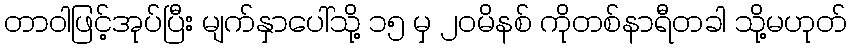
တာဝါဖြင့်အုပ်ပြီး မျက်နှာပေါ်သို့ ၁၅ မှ ၂၀မိနစ် ကိုတစ်နာရီတခါ သို့မဟုတ်